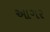
આગર